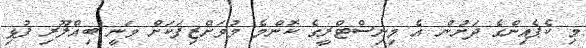
މި ކެޕެއިންގެ ދަށުން އެ މިނިސްޓްރީގެ ކޮންމެ މުވަށްޒިފަކަށް ވަނީ ބިއްލޫރި ފުޅި